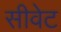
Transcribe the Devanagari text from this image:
सीवेट